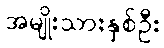
အမျိုးသားနှစ်ဦး